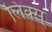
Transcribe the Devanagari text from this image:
लिंक्स्